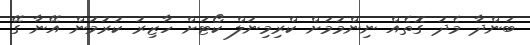
ބަންދާ މެދު ގޮތެއް ނިންމުމަށް ކްރިމިނަލް ކޯޓަށް ހާޒިރު ކުރުމުން އޭނާ ގޭ